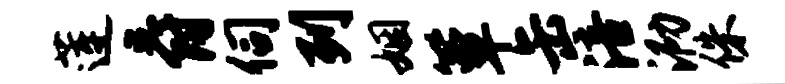
莲爵伺列姻簟缶涪泐侏